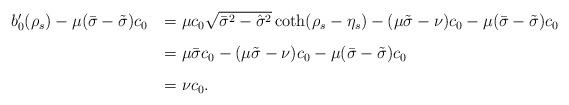
LaTeX: \begin{align*} \begin{array}{rl} b_0'(\rho_s)-\mu(\bar\sigma-\tilde\sigma)c_0 \, & = \mu c_0 \sqrt{\bar\sigma^2-\hat\sigma^2} \coth (\rho_s-\eta_s) -(\mu\tilde\sigma- \nu)c_0 -\mu(\bar\sigma-\tilde\sigma)c_0 \\ [0.3 cm] \, &= \mu \bar\sigma c_0- (\mu\tilde\sigma-\nu)c_0 -\mu(\bar\sigma-\tilde\sigma)c_0 \\ [0.3 cm] \, & = \nu c_0. \end{array}\end{align*}